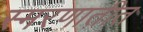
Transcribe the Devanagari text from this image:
स्मरणातीत